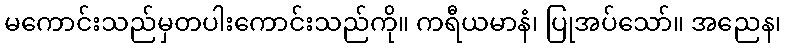
မကောင်းသည်မှတပါးကောင်းသည်ကို။ ကရီယမာနံ၊ ပြုအပ်သော်။ အညေန၊